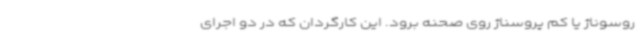
روسوناژ یا کم پروسناژ روی صحنه برود. این کارگردان که در دو اجرای